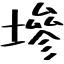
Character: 墋